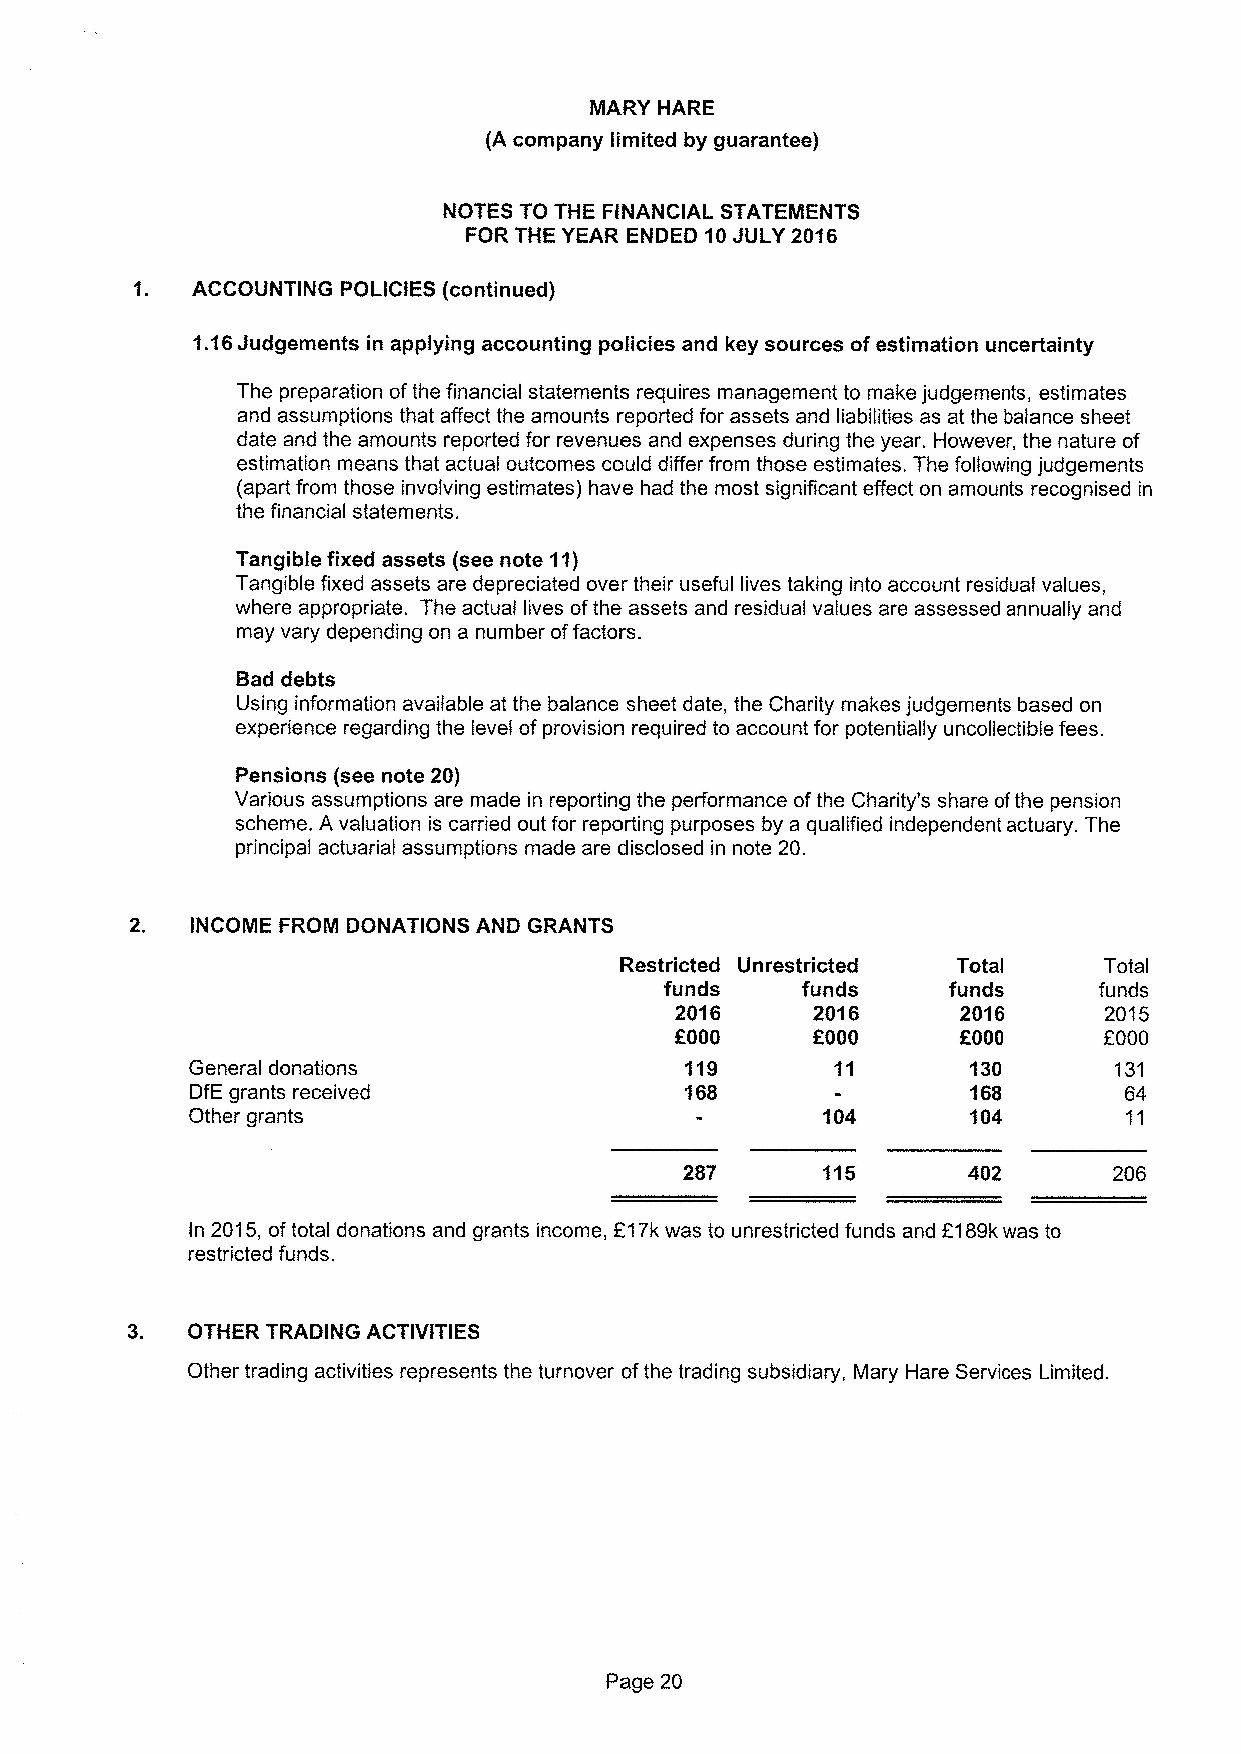
MARY HARE
 (A company limited by guarantee)
 NOTES TO THE FINANCIAL STATEMENTS
 FOR THE YEAR ENDED 10JULY 2016
 ACCOUNTING POLICIES (continued)
 1.16Judgements in applying accounting policies and key sources ofestimation uncertainty
 The preparation ofthe financial statements requires management to make judgements, estimates
 and assumptions that affect the amounts reported for assets and liabilities as at the balance sheet
 date and the amounts reported for revenues and expenses during the year. However, the nature of
 estimation means that actual outcomes could differ from those estimates. The following judgements
 (apart from those involving estimates) have had the most significant effect on amounts recognised in
 the financial statements.
 Tangible fixed assets (see note 11)
 Tangible fixed assets are depreciated over their useful lives taking into account residual values,
 where appropriate. The actual lives ofthe assets and residual values are assessed annually and
 may vary depending on a number offactors.
 Bad debts
 Using information available at the balance sheet date, the Charity makes judgements based on
 experience regarding the level ofprovision required to account for potentially uncollectible fees.
 Pensions (see note 20)
 Various assumptions are made in reporting the performance ofthe Charity's share ofthe pension
 scheme. A valuation is carried out for reporting purposes by a qualified independent actuary. The
 principal actuarial assumptions made are disclosed in note 20.
 2.  INCOME FROM DONATIONS AND GRANTS
 Restricted Unrestricted Total   Total
 funds    funds     funds     funds
 2016     2016      2016     2015
 f000     f000     f000
 OOOO
 General donations               119                130       131
 DfE grants received             168                168       64
 Other grants                             104       104       11
 287                402       206
 In 2015, oftotal donations and grants income, 617kwas to unrestricted funds and 6189kwas to
 restricted funds.
 3.  OTHER TRADING ACTIVITIES
 Other trading activities represents the turnover ofthe trading subsidiary, Mary Hare Services Limited.
 Page 20